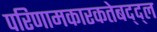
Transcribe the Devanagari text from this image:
परिणामकारकतेबद्द्ल